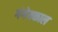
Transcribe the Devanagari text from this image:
गंगेयकाल